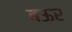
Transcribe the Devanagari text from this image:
बऊर